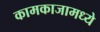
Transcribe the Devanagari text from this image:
कामकाजामध्ये